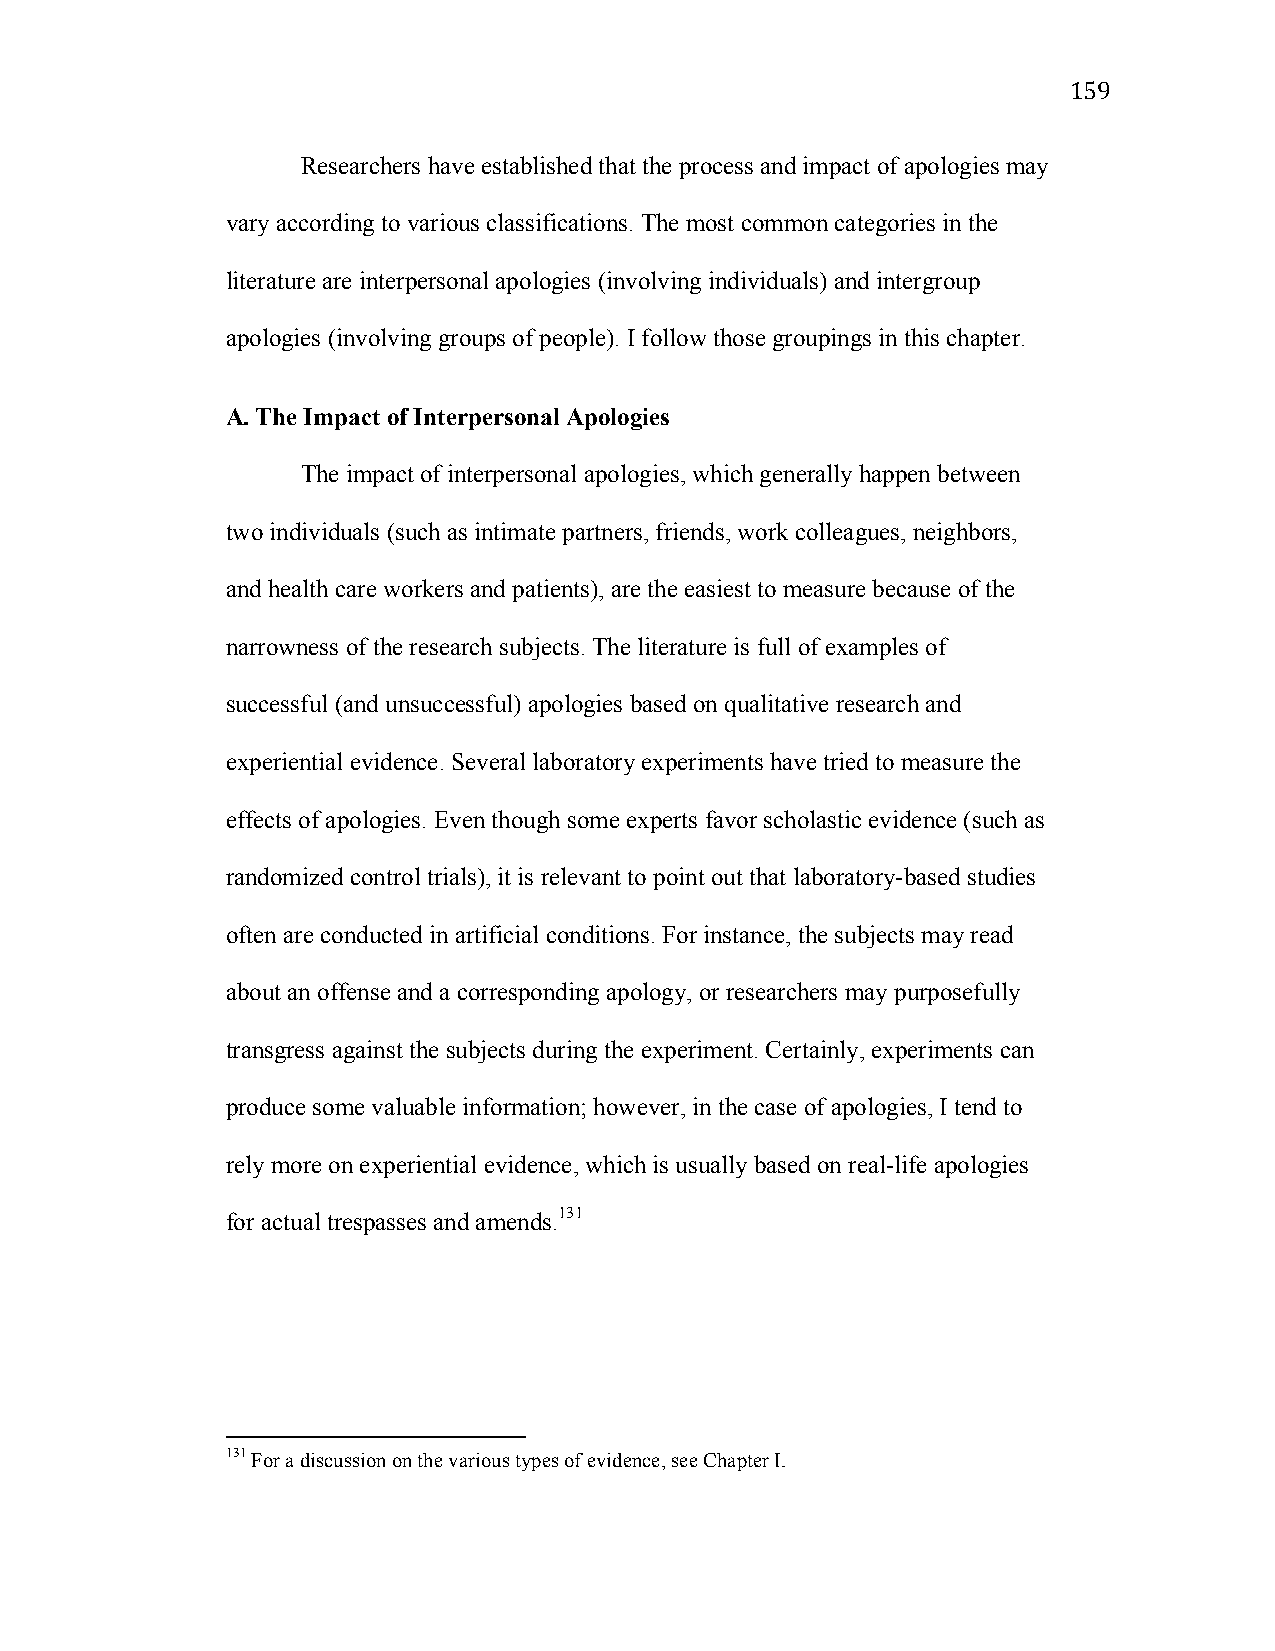
159
 Researchers have established that the process and impact of apologies may
 vary according to various classifications. The most common categories in the
 literature are interpersonal apologies (involving individuals) and intergroup
 apologies (involving groups of people). I follow those groupings in this chapter.
 A. The Impact of Interpersonal Apologies
 The impact of interpersonal apologies, which generally happen between
 two individuals (such as intimate partners, friends, work colleagues, neighbors,
 and health care workers and patients), are the easiest to measure because of the
 narrowness of the research subjects. The literature is full of examples of
 successful (and unsuccessful) apologies based on qualitative research and
 experiential evidence. Several laboratory experiments have tried to measure the
 effects of apologies. Even though some experts favor scholastic evidence (such as
 randomized control trials), it is relevant to point out that laboratory-based studies
 often are conducted in artificial conditions. For instance, the subjects may read
 about an offense and a corresponding apology, or researchers may purposefully
 transgress against the subjects during the experiment. Certainly, experiments can
 produce some valuable information; however, in the case of apologies, I tend to
 rely more on experiential evidence, which is usually based on real-life apologies
 for actual trespasses and amends.131
 131 For a discussion on the various types of evidence, see Chapter I.